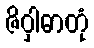
ဇိဝှါဓာတုံ